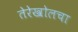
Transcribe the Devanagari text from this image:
तेरेखोलचा